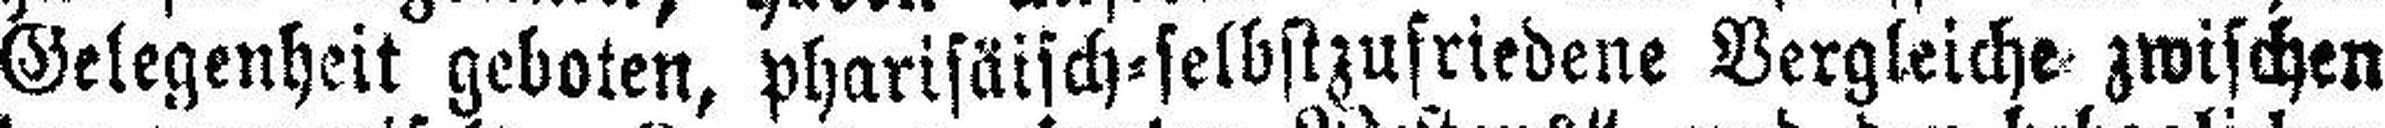
Gelegenheit geboten, pharisäisch=selbstzufriedene Vergleiche zwischen